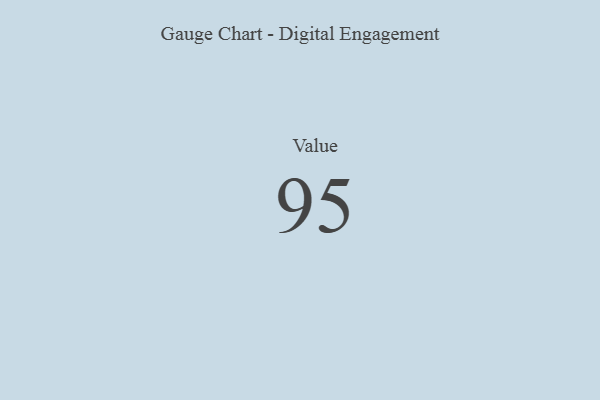
{"axis": {"x": "Metric", "y": "Value"}, "legend": [""], "data": [{"x": "Value", "y": 95, "type": ""}]}